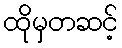
ထိုမှတဆင့်